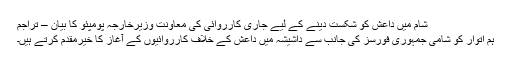
شام میں داعش کو شکست دینے کے لیے جاری کارروائی کی معاونت وزیرخارجہ پومپئو کا بیان – تراجم
ہم اتوار کو شامی جمہوری فورسز کی جانب سے داشیشہ میں داعش کے خلاف کارروائیوں کے آغاز کا خیرمقدم کرتے ہیں۔